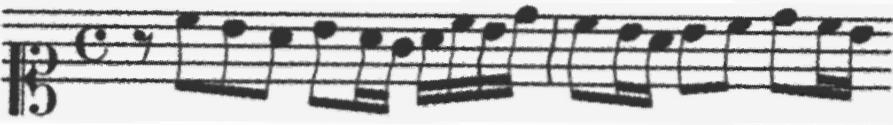
Transcription: clef-C1 timeSignature-C rest-eighth note-C5_eighth note-B4_eighth note-A4_eighth note-B4_eighth note-A4_sixteenth note-G4_sixteenth note-A4_sixteenth note-C5_sixteenth note-B4_sixteenth note-D5_sixteenth barline note-C5_eighth note-B4_sixteenth note-A4_sixteenth note-B4_eighth note-C5_eighth note-D5_eighth note-C5_sixteenth note-B4_sixteenth